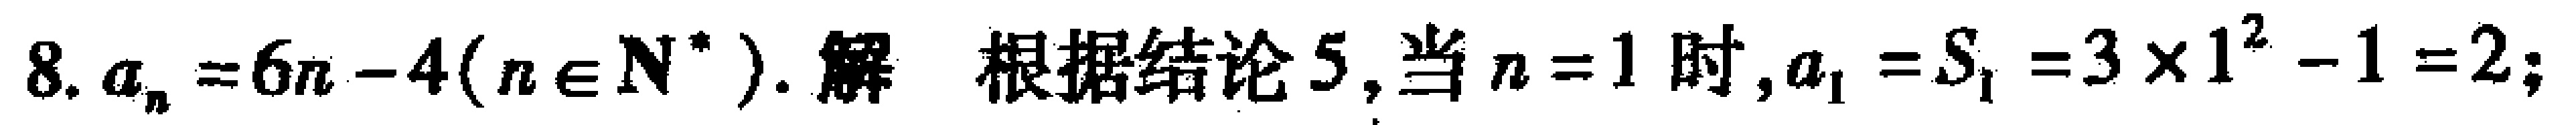
8. \(a_{n}=6n - 4(n\in\mathbb{N}^{*})\). 解 根据结论5,当\(n = 1\)时,\(a_{1}=S_{1}=3\times1^{2}-1 = 2\);